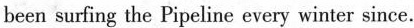
been surfing the Pipeline every winter since.